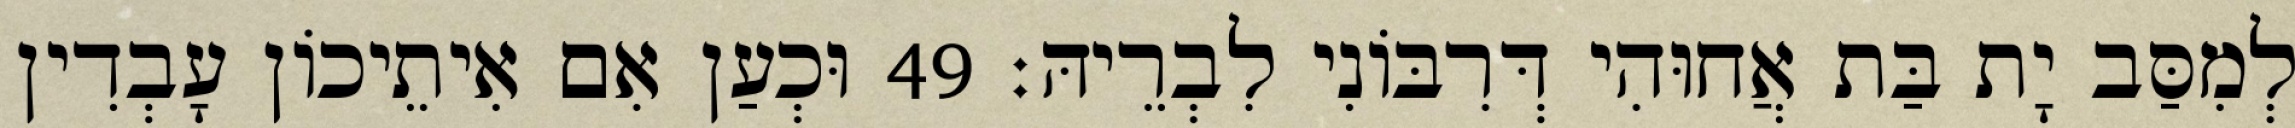
לְמִסַּב יָת בַּת אֲחוּהִי דְּרִבּוֹנִי לִבְרֵיהּ׃ 49 וּכְעַן אִם אִיתֵיכוֹן עָבְדִין